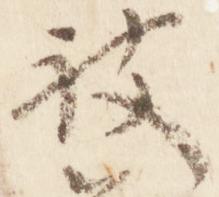
被